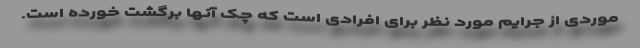
موردی از جرایم مورد نظر برای افرادی است که چک آنها برگشت خورده است.